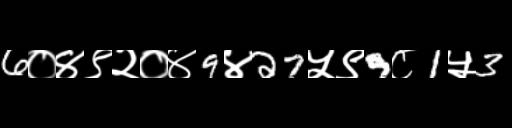
Text: 6०४९२०४9४27५९9८1५3